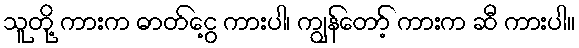
သူတို့ ကားက ဓာတ်ငွေ့ ကားပါ၊ ကျွန်တော့် ကားက ဆီ ကားပါ။